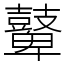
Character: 鼙